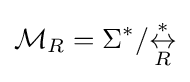
{\mathcal {M}}_{R}=\Sigma ^{*}/{\overset {*}{\underset {R}{\leftrightarrow }}}